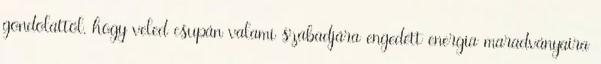
gondolattól, hogy veled csupán valami szabadjára engedett energia maradványaira